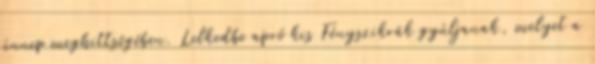
ünnep meghittségében. Lelkedbe apró kis Fényszikrák gyúljanak, melyet a